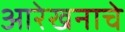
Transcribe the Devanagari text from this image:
आरेखनाचे